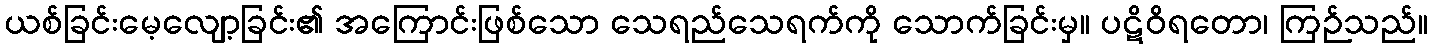
ယစ်ခြင်းမေ့လျော့ခြင်း၏ အကြောင်းဖြစ်သော သေရည်သေရက်ကို သောက်ခြင်းမှ။ ပဋိဝိရတော၊ ကြဉ်သည်။